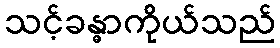
သင့်ခန္ဓာကိုယ်သည်